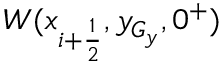
W ( x _ { i + \frac { 1 } { 2 } } , y _ { G _ { y } } , 0 ^ { + } )